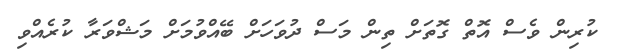
ކުރިން ވެސް އޮތް ގޮތަށް ތިން މަސް ދުވަހަށް ބޭއްވުމަށް މަޝްވަރާ ކުރެއްވި